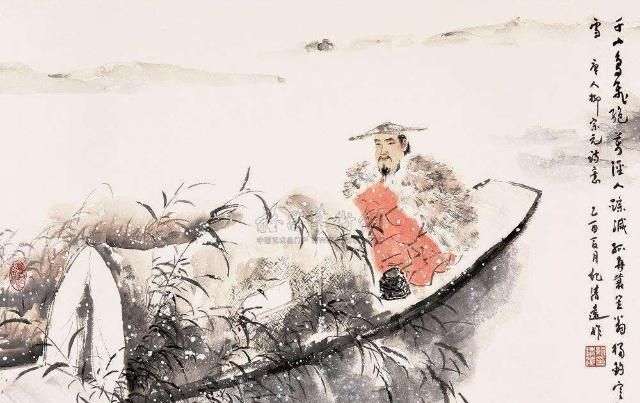
海畔尖山似剑铓，秋来处处割愁肠。